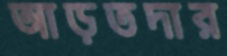
আড়তদার